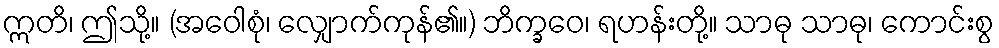
ဣတိ၊ ဤသို့။ (အဝေါစုံ၊ လျှောက်ကုန်၏။) ဘိက္ခဝေ၊ ရဟန်းတို့။ သာဓု သာဓု၊ ကောင်းစွ